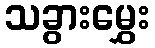
သခွားမွှေး